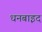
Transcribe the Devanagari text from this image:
धनबाइद